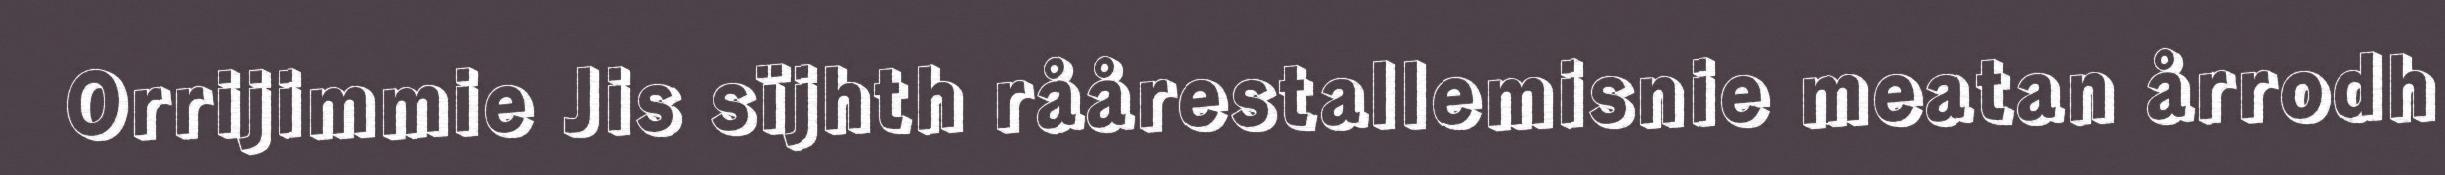
Orrijimmie Jis sïjhth råårestallemisnie meatan årrodh